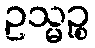
ဥသ္မဉ္စ